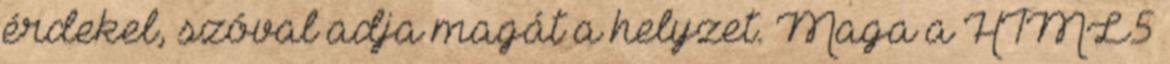
érdekel, szóval adja magát a helyzet. Maga a HTML5